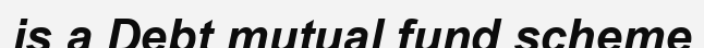
is a Debt mutual fund scheme